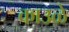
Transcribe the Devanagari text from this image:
काउळे